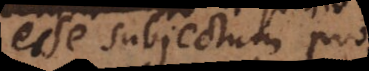
esse subjectum pro